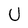
Character: U